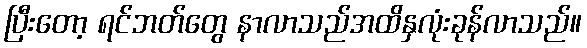
ပြီးတော့ ရင်ဘတ်တွေ နာလာသည်အထိနှလုံးခုန်လာသည်။